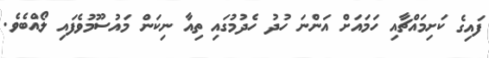
ފައިގެ ކަށިމައްޗާއި ހަމައަށް އަންނަ ހުދު ހެދުމުގައި ތިއާ ނިކަން މައުސޫމުވެފައި ލޯއްބެވެ.